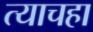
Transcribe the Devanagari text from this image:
त्याचहा